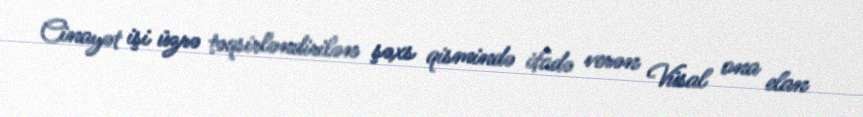
Cinayət işi üzrə təqsirləndirilən şəxs qismində ifadə verən Vüsal ona elan